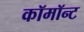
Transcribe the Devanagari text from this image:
कॉमॉन्ट